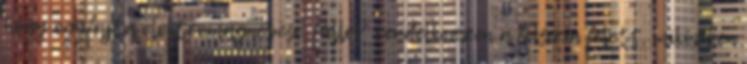
hogy egyfajta elektromágneses „füllel” rendelkezzen a felszín felett, miközben